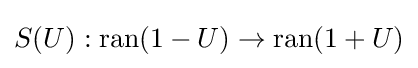
S(U):\operatorname {ran} (1-U)\to \operatorname {ran} (1+U)